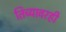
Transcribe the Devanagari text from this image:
तिच्यावरही